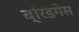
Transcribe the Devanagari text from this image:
ब्रिडगेस